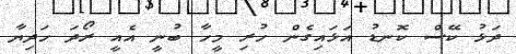
ދަޅު ކޭސް ކޮނޑު އަޅައިގެން ހުރި މީހާ ބުނީ އެއީ ރޯދަ ހަދިޔާ